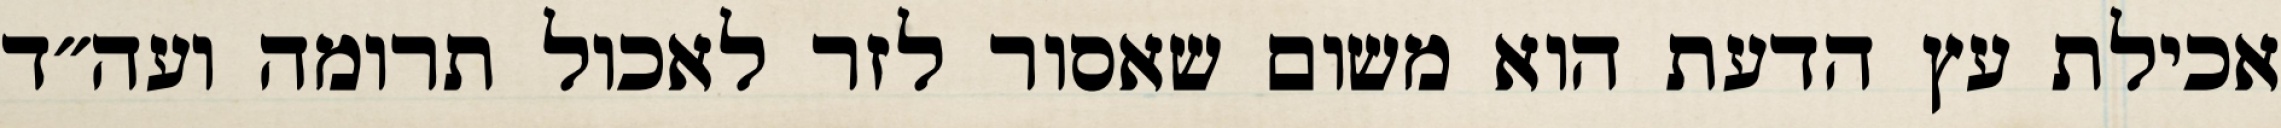
אכילת עץ הדעת הוא משום שאסור לזר לאכול תרומה ועה״ד